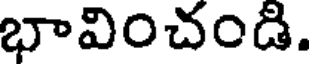
భావించండి.